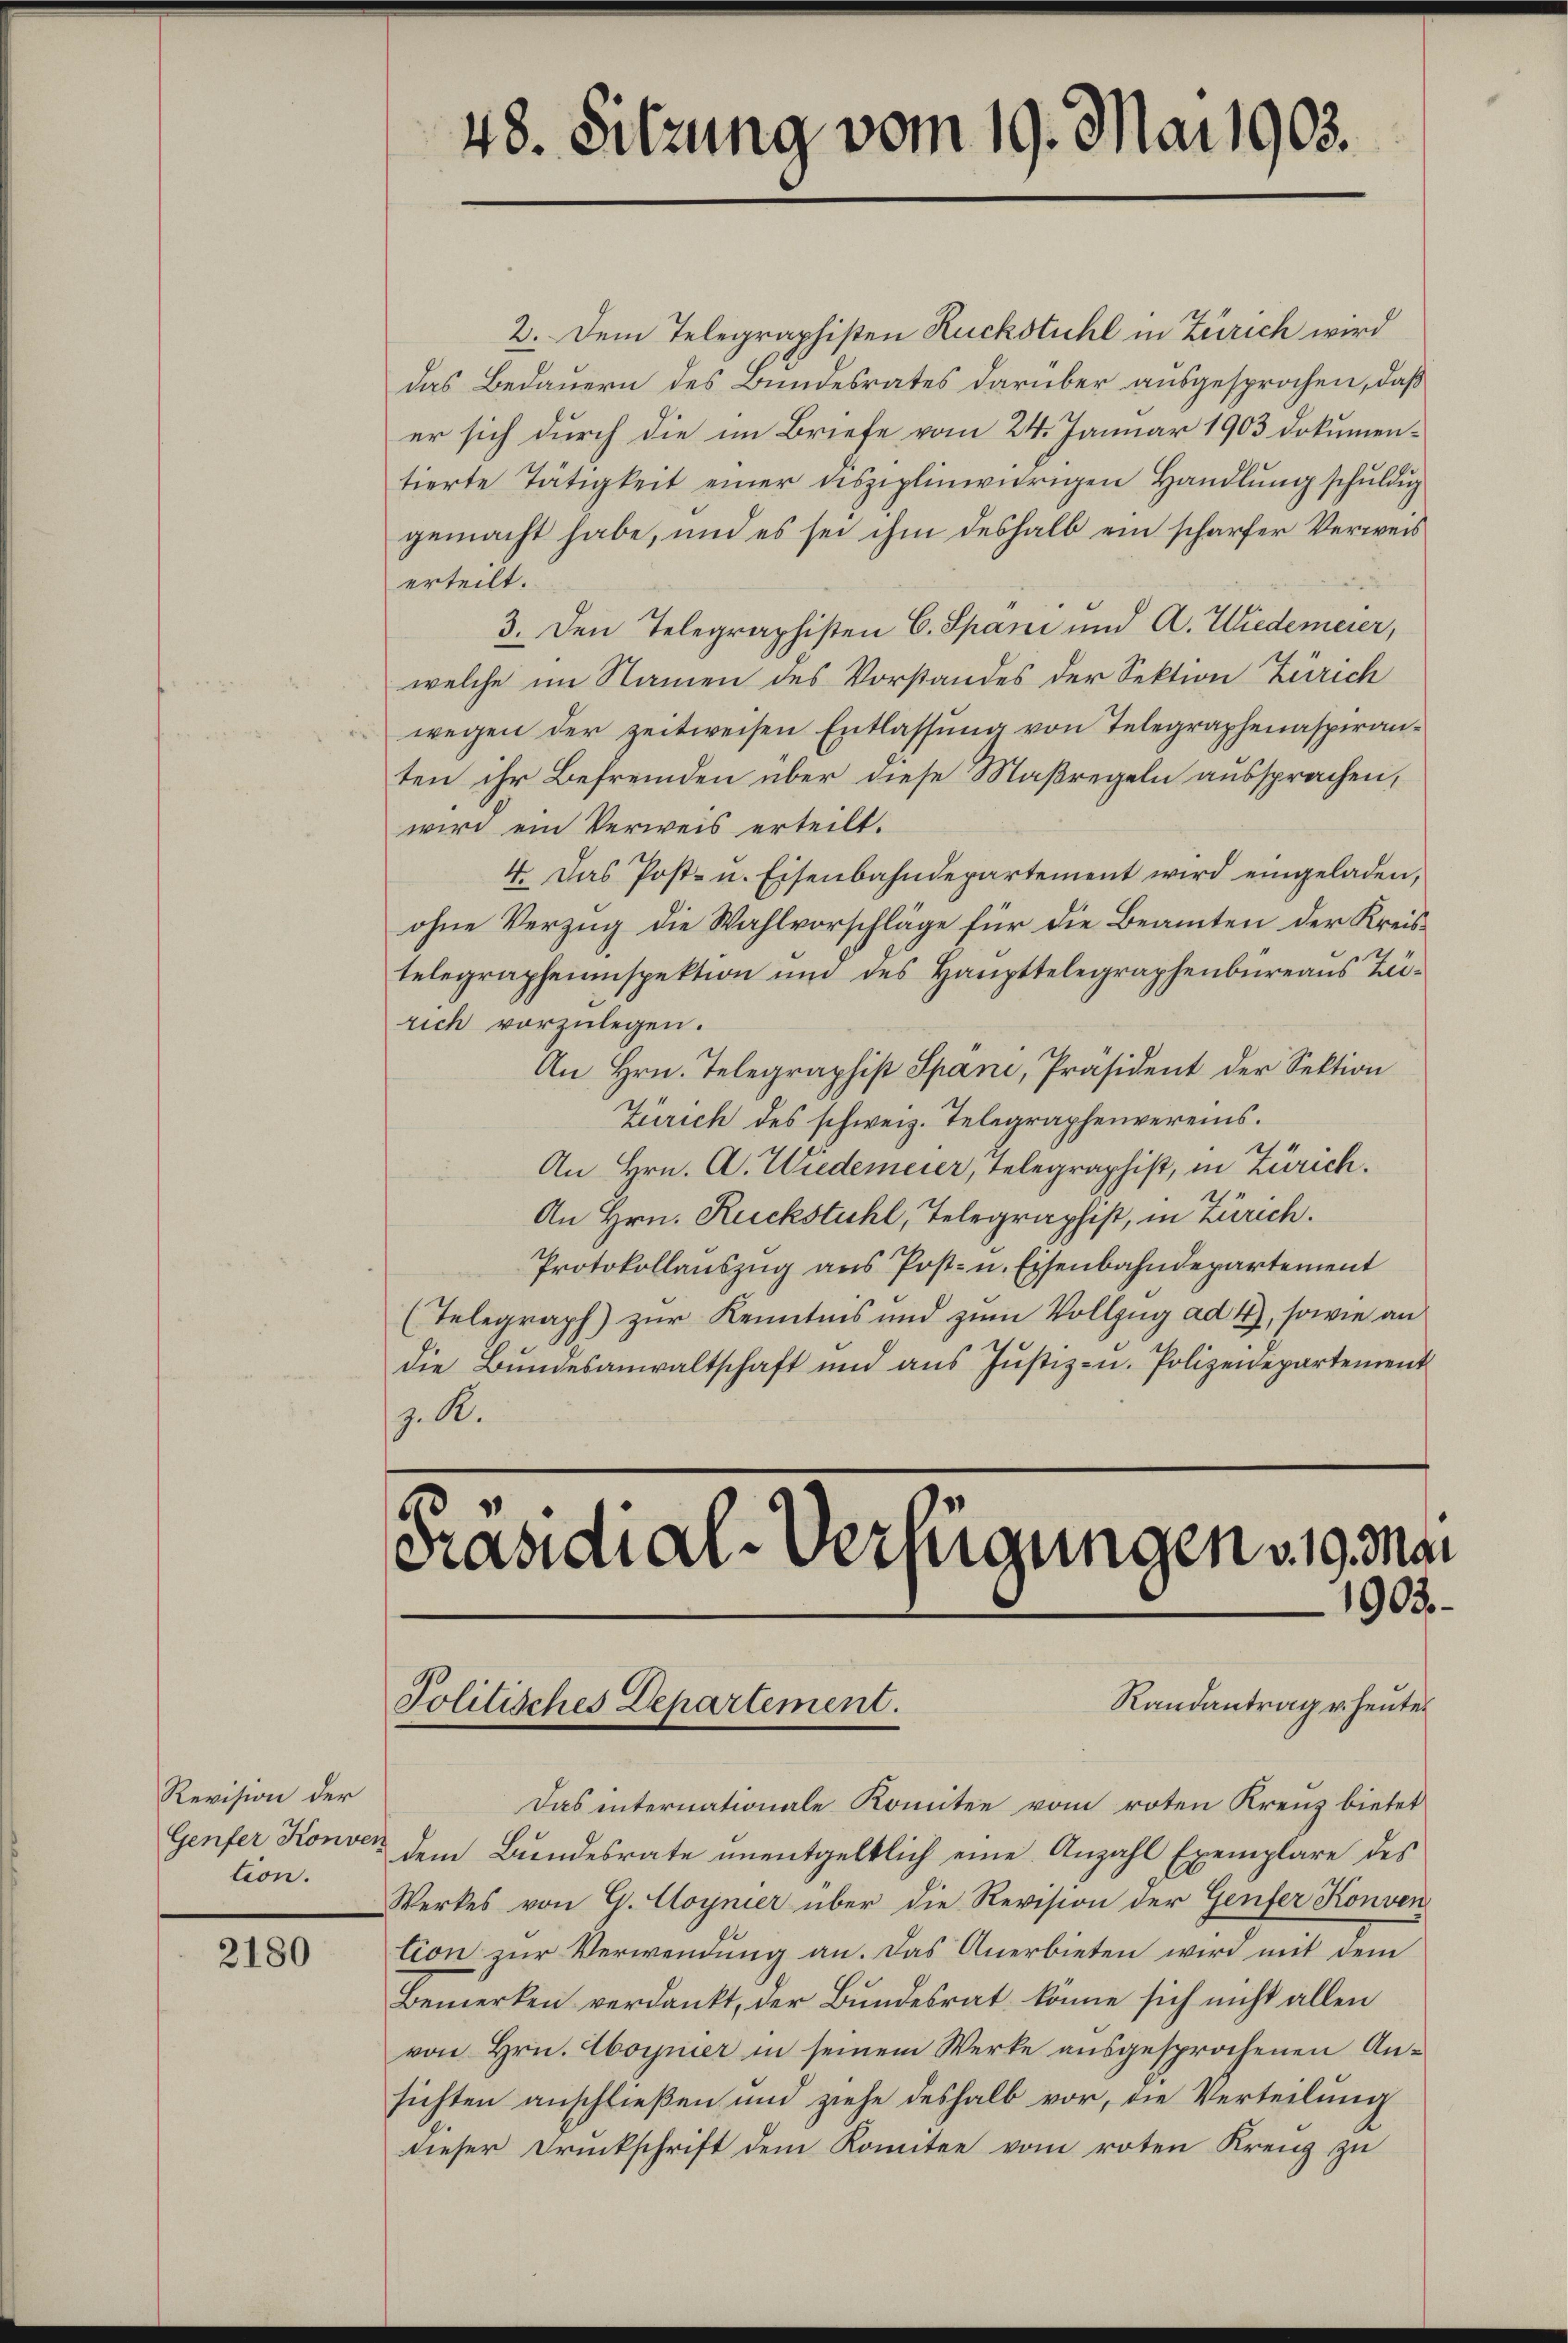
Revision der
Genfer Konven
tion.

2180

2

48. Sitzung vom 19. Mai 1903.

2. Dem Telegraphisten Ruckstuhl in Zürich wird
das Bedauern des Bundesrates darüber ausgesprochen, daß
er sich durch die im Briefe vom 24. Januar 1903 dokumentierte Tätigkeit einer disziplinivierigen Handlŭng schŭldig
gemacht habe, und es sei ihm deshalb ein scharfer Verweis
erteilt.
3. Den Telegraphisten C. Spani und A. Wiedereier,
welche im Namen des Vorstandes der Sektion Zürich
wegen der zeitweisen Entlassung von Telegraphenaspiranten ihr Befremden über diese Maßregeln aussprachen,
wird ein Verweis erteilt.
4. Das Post- u. Eisenbahndepartement wird eingeladen,
ohne Verzug die Wahlvorschläge für die Beamten der Kreistelegrapheninspektion und des Haupttelegraphenbureaus Zairich vorzulegen.
An Hrn. Telegraphist Spani, Präsident der Sektion
Zürich des schweiz. Telegraphenvereins.
An Hrn. A. Wiedereier, Telegraphist, in Zürich.
An Hrn. Ruckstuhl, Telegraphist, in Zürich.
Protokollauszug aus Post- u. Eisenbahndepartement
(Telegraph) zur Kenntnis und zum Vollzug ad 4), sowie an
die Bŭndesanwaltschaft und aŭs Jŭstiz- u. Polizeidepartement
z. R.

Präsidial-Verfügungen v. 19. Mai
1902
Randantrag v. heute
Politisches Departement.

Das internationale Komitee vom roten Kreuz bietet
dem Bundesrate unentgeltlich eine Anzahl Exemplare des
Werkes von G. Aoynier über die Revision der Genfer Konven
tion zur Verwendung an. Das Anerbieten wird mit dem
Bemerken verdankt, der Bundesrat könne sich nicht allen
von Hrn. Coynier in seinem Werke ausgesprochenen Ansichten anschließen und ziehe deshalb vor, die Verteilung
dieser Druckschrift dem Komitee vom roten Krenz zŭ